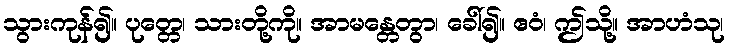
သွားကုန်၍။ ပုတ္တေ၊ သားတို့ကို။ အာမန္တေတွာ၊ ခေါ်၍။ ဧဝံ၊ ဤသို့။ အာဟံသု၊